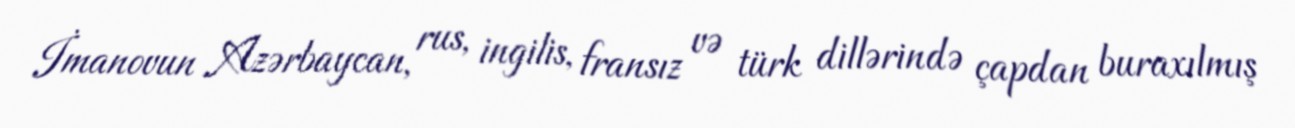
İmanovun Azərbaycan, rus, ingilis, fransız və türk dillərində çapdan buraxılmış